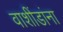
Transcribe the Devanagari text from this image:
वाशींडांना